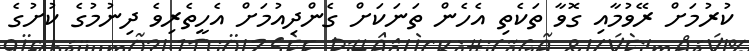
ކުރުމަށް ރޭވުމާއި ގޮވާ ތަކެތި އެހެން ތަނަކަށް ގެންދިއުމަށް އެހީތެރިވެ ދިނުމުގެ ކުށުގެ